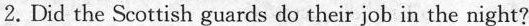
2.Did the Scottish guards do their job in the night?